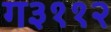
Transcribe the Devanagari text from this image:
ग३११२